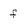
Character: f